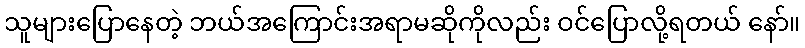
သူများပြောနေတဲ့ ဘယ်အကြောင်းအရာမဆိုကိုလည်း ဝင်ပြောလို့ရတယ် နော်။